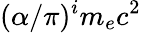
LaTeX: (\alpha/\pi)^{i}m_{e}c^{2}